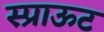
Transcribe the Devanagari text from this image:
स्प्राऊट